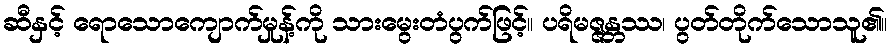
ဆီနှင့် ရောသောကျောက်မှုန့်ကို သားမွေးတံပွက်ဖြင့်။ ပရိမဇ္ဇန္တဿ၊ ပွတ်တိုက်သောသူ၏။